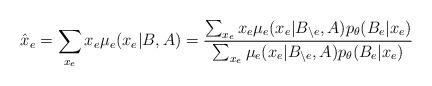
LaTeX: \begin{align*} \hat x_e= \sum_{x_e} x_e \mu_e(x_e|B,A) = \frac{\sum_{x_e} x_e \mu_e(x_e|B_{\backslash e},A) p_\theta(B_e|x_e) }{\sum_{x_e} \mu_e(x_e|B_{\backslash e},A) p_\theta(B_e|x_e)} \end{align*}